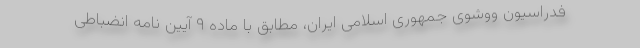
فدراسیون ووشوی جمهوری اسلامی ایران، مطابق با ماده ۹ آیین نامه انضباطی